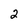
Character: 2